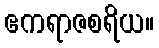
ဧကရာဇစရိယ။